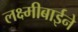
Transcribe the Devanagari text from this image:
लक्ष्मीबाईने